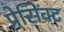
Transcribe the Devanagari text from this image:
प्रेसिंक्ट